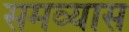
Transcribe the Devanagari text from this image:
समव्यास